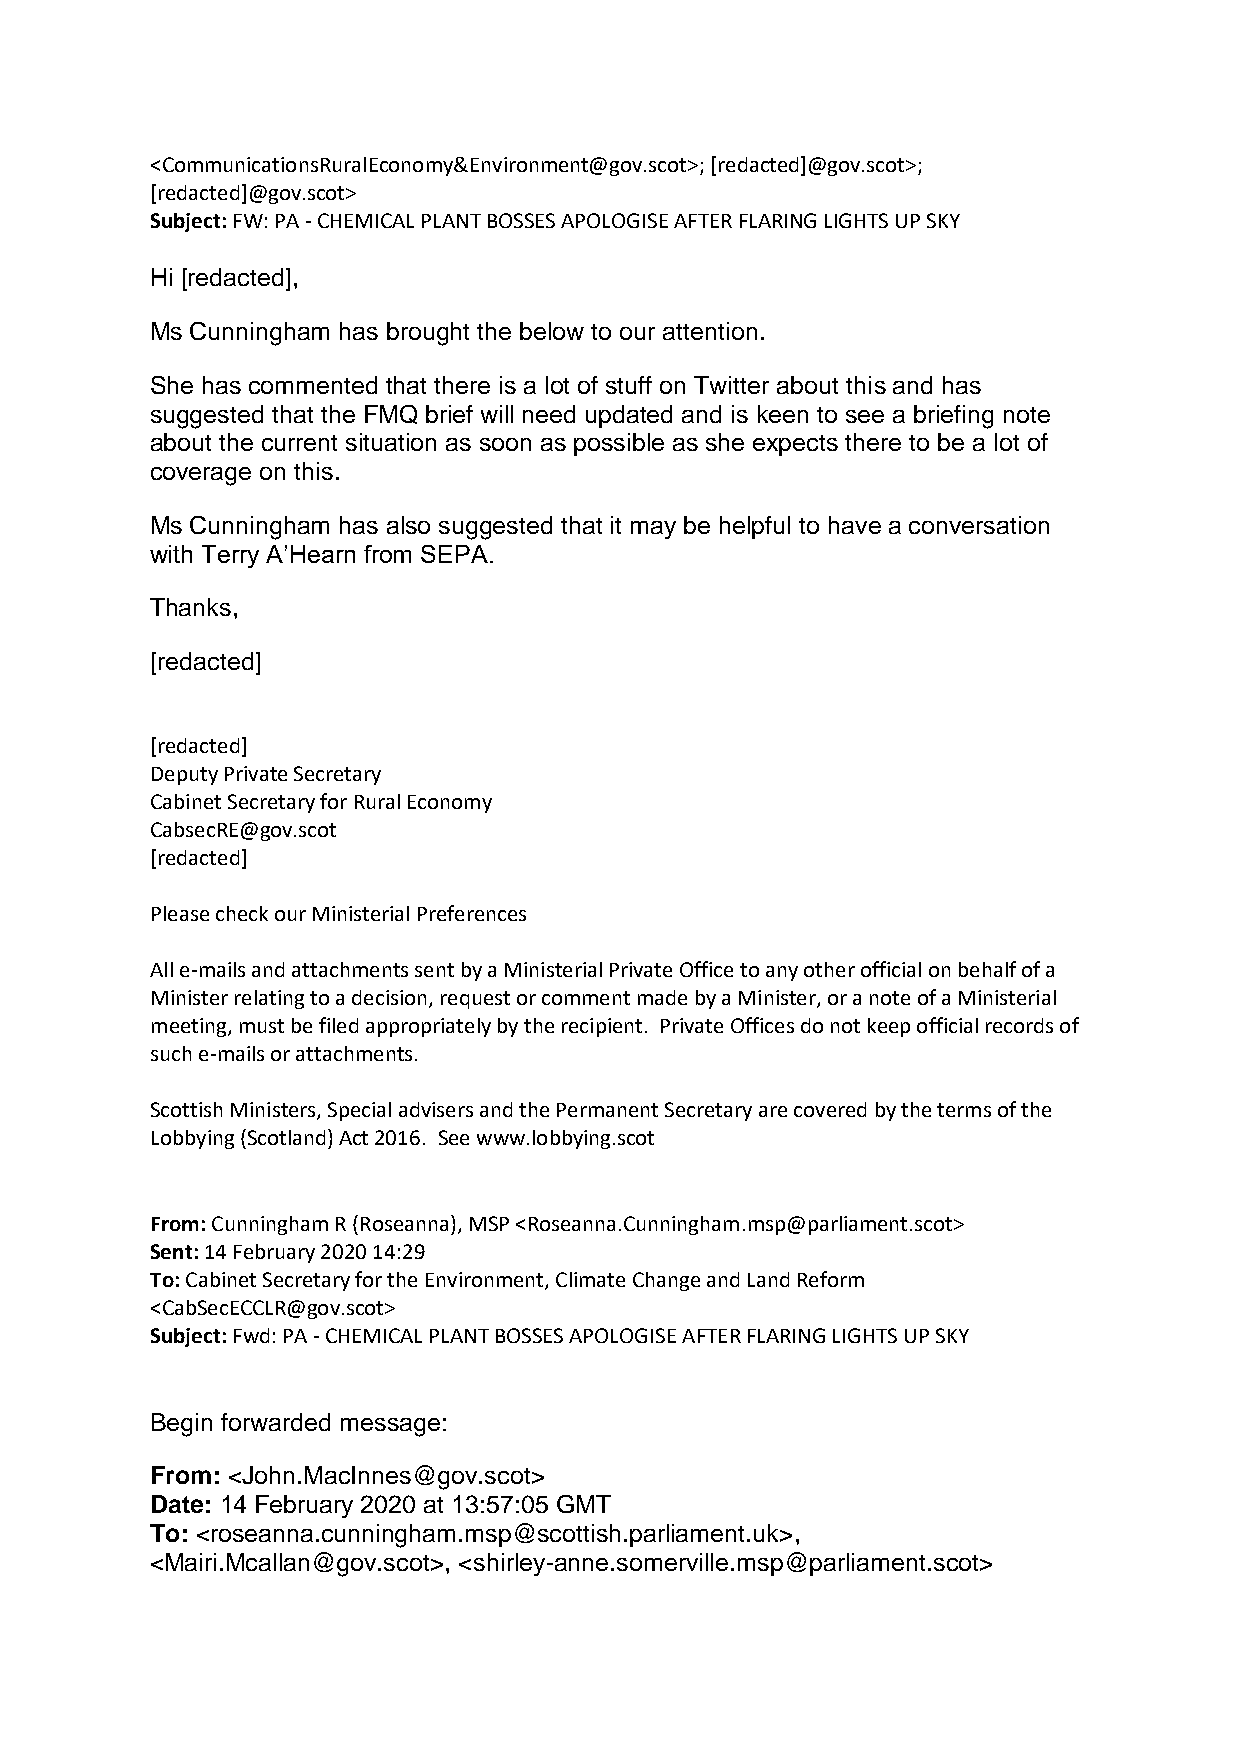
<CommunicationsRuralEconomy&Environment@gov.scot>; [redacted]@gov.scot>;
 [redacted]@gov.scot>
 Subject: FW: PA - CHEMICAL PLANT BOSSES APOLOGISE AFTER FLARING LIGHTS UP SKY
 Hi [redacted],
 Ms Cunningham has brought the below to our attention.
 She has commented that there is a lot of stuff on Twitter about this and has
 suggested that the FMQ brief will need updated and is keen to see a briefing note
 about the current situation as soon as possible as she expects there to be a lot of
 coverage on this.
 Ms Cunningham has also suggested that it may be helpful to have a conversation
 with Terry A’Hearn from SEPA.
 Thanks,
 [redacted]
 [redacted]
 Deputy Private Secretary
 Cabinet Secretary for Rural Economy
 CabsecRE@gov.scot
 [redacted]
 Please check our Ministerial Preferences
 All e-mails and attachments sent by a Ministerial Private Office to any other official on behalf of a
 Minister relating to a decision, request or comment made by a Minister, or a note of a Ministerial
 meeting, must be filed appropriately by the recipient. Private Offices do not keep official records of
 such e-mails or attachments.
 Scottish Ministers, Special advisers and the Permanent Secretary are covered by the terms of the
 Lobbying (Scotland) Act 2016. See www.lobbying.scot
 From: Cunningham R (Roseanna), MSP <Roseanna.Cunningham.msp@parliament.scot>
 Sent: 14 February 2020 14:29
 To: Cabinet Secretary for the Environment, Climate Change and Land Reform
 <CabSecECCLR@gov.scot>
 Subject: Fwd: PA - CHEMICAL PLANT BOSSES APOLOGISE AFTER FLARING LIGHTS UP SKY
 Begin forwarded message:
 From: <John.MacInnes@gov.scot>
 Date: 14 February 2020 at 13:57:05 GMT
 To: <roseanna.cunningham.msp@scottish.parliament.uk>,
 <Mairi.Mcallan@gov.scot>, <shirley-anne.somerville.msp@parliament.scot>